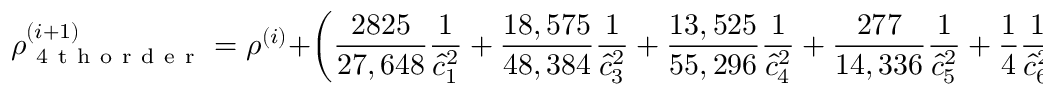
\rho _ { \mathrm { ~ 4 ~ t ~ h ~ o ~ r ~ d ~ e ~ r ~ } } ^ { ( i + 1 ) } = \rho ^ { ( i ) } + \left( \frac { 2 8 2 5 } { 2 7 , 6 4 8 } \frac { 1 } { \hat { c } _ { 1 } ^ { 2 } } + \frac { 1 8 , 5 7 5 } { 4 8 , 3 8 4 } \frac { 1 } { \hat { c } _ { 3 } ^ { 2 } } + \frac { 1 3 , 5 2 5 } { 5 5 , 2 9 6 } \frac { 1 } { \hat { c } _ { 4 } ^ { 2 } } + \frac { 2 7 7 } { 1 4 , 3 3 6 } \frac { 1 } { \hat { c } _ { 5 } ^ { 2 } } + \frac { 1 } { 4 } \frac { 1 } { \hat { c } _ { 6 } ^ { 2 } } \right) \Delta p ^ { ( i ) } ,